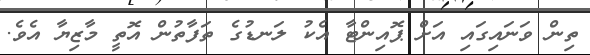
ތިން ވަނައިގައި އަށް ޕޮއިންޓާ އެކު ލަނޑުގެ ތަފާތުން އޮތީ މާޒިޔާ އެވެ.